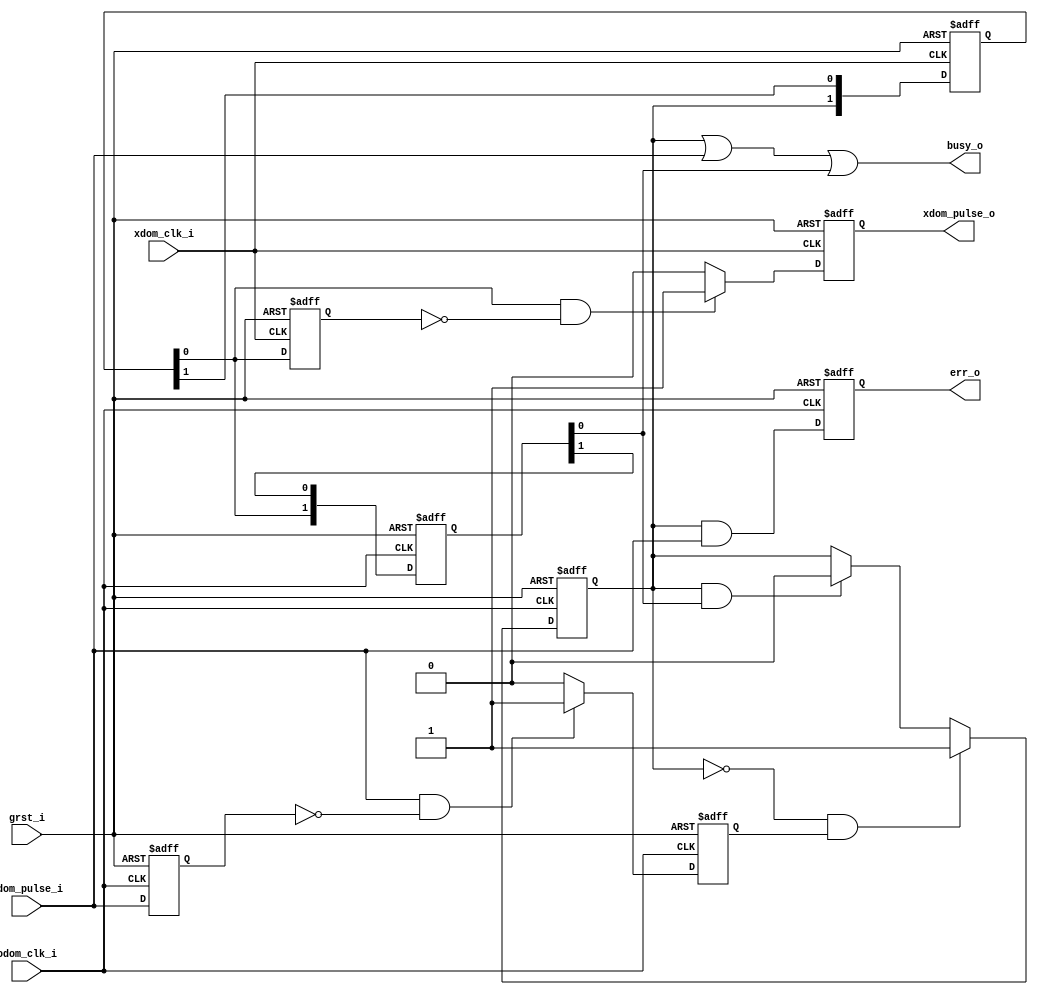
module xdom_pulse_sender (
input		grst_i,
input		odom_clk_i,
input		odom_pulse_i,
input		xdom_clk_i,
output		xdom_pulse_o,
output		busy_o,
output		err_o
);
reg		odom_pulse_delay_r;
reg		odom_pulse_keeper_r;
reg	[1:0]	odom_feedback_double_flips_r	;
reg		err_r;
reg		odom_pulse_gen_r;
wire		xdom_pulse_en;
wire		odom_pulse_safe_cancel;
reg	[1:0]	xdom_double_flips_r		;
reg		xdom_pulse_en_delay_r		;
reg		xdom_pulse_gen_r		;
always @(posedge odom_clk_i or posedge grst_i)
	if (grst_i)
		odom_pulse_delay_r <= 1'b0;
	else
		odom_pulse_delay_r <= odom_pulse_i;
always @(posedge odom_clk_i or posedge grst_i)
	if (grst_i)
		odom_pulse_gen_r <= 1'b0;
	else if ((odom_pulse_i == 1'b1) && (odom_pulse_delay_r == 1'b0))
		odom_pulse_gen_r <= 1'b1;
	else
		odom_pulse_gen_r <= 1'b0;
always @(posedge odom_clk_i or posedge grst_i)
	if (grst_i)
		odom_pulse_keeper_r <= 1'b0;
	else if (odom_pulse_keeper_r == 1'b0 && (odom_pulse_gen_r == 1'b1))
		odom_pulse_keeper_r <= 1'b1;
	else if (odom_pulse_keeper_r == 1'b1 && odom_pulse_safe_cancel == 1'b1)
		odom_pulse_keeper_r <= 1'b0;
	else
		odom_pulse_keeper_r <= odom_pulse_keeper_r;
assign busy_o = odom_pulse_keeper_r | odom_pulse_i | odom_pulse_safe_cancel;
always @(posedge odom_clk_i or posedge grst_i)
	if (grst_i)
		err_r <= 1'b0;
	else 
		err_r <= (odom_pulse_keeper_r == 1'b1) && (odom_pulse_i == 1'b1);
assign err_o = err_r;
always @(posedge xdom_clk_i or posedge grst_i)
	if (grst_i)
		xdom_double_flips_r <= 2'b0;
	else
		xdom_double_flips_r <= {odom_pulse_keeper_r, xdom_double_flips_r[1]};
assign xdom_pulse_en = xdom_double_flips_r[0];
always @(posedge odom_clk_i or posedge grst_i)
	if (grst_i)
		odom_feedback_double_flips_r <= 2'b0;
	else
		odom_feedback_double_flips_r <= {xdom_pulse_en, odom_feedback_double_flips_r[1]};
assign odom_pulse_safe_cancel = odom_feedback_double_flips_r[0];
always @(posedge xdom_clk_i or posedge grst_i)
	if (grst_i)
		xdom_pulse_en_delay_r <= 1'b0;
	else
		xdom_pulse_en_delay_r <= xdom_pulse_en;
always @(posedge xdom_clk_i or posedge grst_i)
	if (grst_i)
		xdom_pulse_gen_r <= 1'b0;
	else if (xdom_pulse_en == 1'b1 && xdom_pulse_en_delay_r == 1'b0)
		xdom_pulse_gen_r <= 1'b1;
	else
		xdom_pulse_gen_r <= 1'b0;
assign xdom_pulse_o = xdom_pulse_gen_r;
endmodule